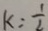
k = \frac { 1 } { 2 }